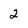
Character: 2